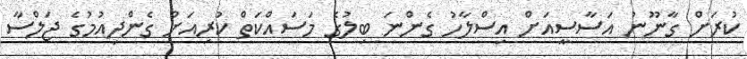
ކުރަށް ގާނޫނު އަސާސީއަށް އިސްލާހު ގެންނަ ބިލުގެ މަސައްކަތް ކުރިއަށް ގެންދިއުމުގެ ޖަލްސާ